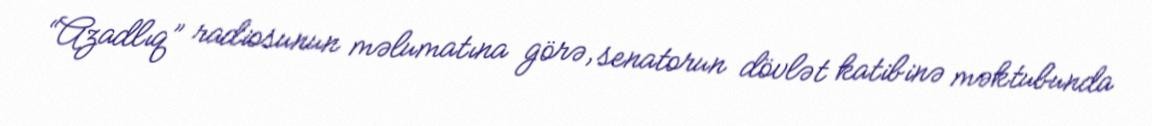
“Azadlıq” radiosunun məlumatına görə, senatorun dövlət katibinə məktubunda